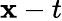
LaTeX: \mathbf{x}-t